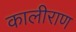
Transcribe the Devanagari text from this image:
कालीराण